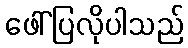
ဖေါ်ပြလိုပါသည်